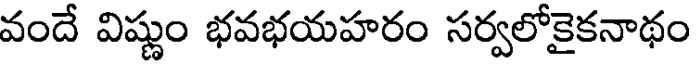
వందే విష్ణుం భవభయహరం సర్వలోకైకనాథం